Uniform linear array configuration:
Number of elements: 32
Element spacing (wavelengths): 0.75
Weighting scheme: hamming
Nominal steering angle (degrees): -30
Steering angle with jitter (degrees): -29.097
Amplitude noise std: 0.05
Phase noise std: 0.05

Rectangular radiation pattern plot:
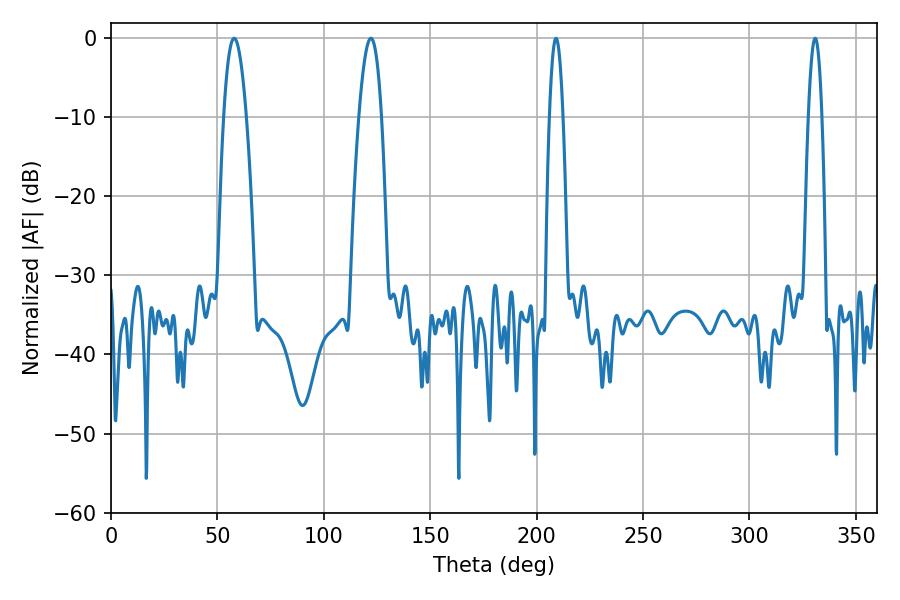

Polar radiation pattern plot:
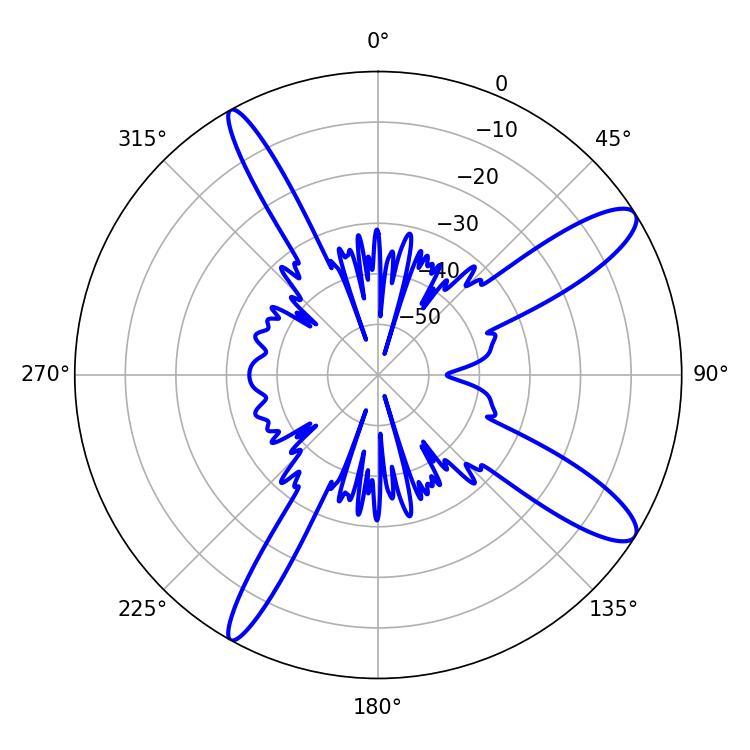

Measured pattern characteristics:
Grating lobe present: TRUE
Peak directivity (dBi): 12.14
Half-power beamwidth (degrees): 3.42
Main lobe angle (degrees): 330.84